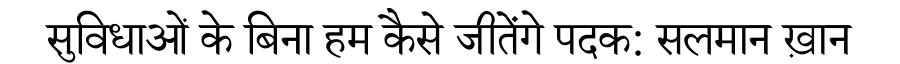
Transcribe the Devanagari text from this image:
सुविधाओं के बिना हम कैसे जीतेंगे पदक: सलमान ख़ान